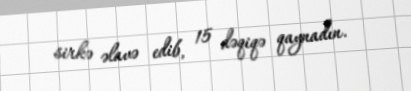
sirkə əlavə edib, 15 dəqiqə qaynadın.